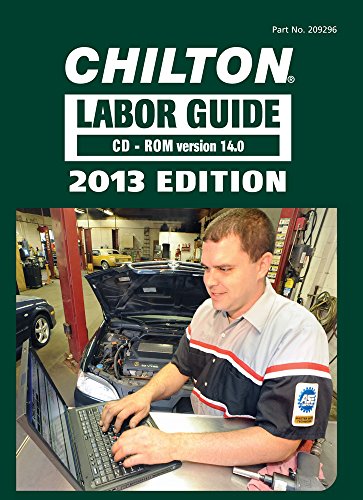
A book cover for Chilton Labor Guide Manuals for Domestic and Imported Vehicles, 2013 (Chilton Labor Guide: Domestic & Imported Vehicles); Chilton; Engineering & Transportation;